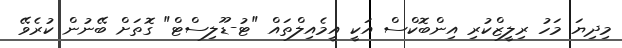
މިދިޔަ މަހު ރިލީޒްކުރި އިންބޮކްސް އަކީ އީމެއިލްތައް "ޓު-ޑޫލިސްޓް" ގޮތަށް ބޭނުން ކުރެވޭ